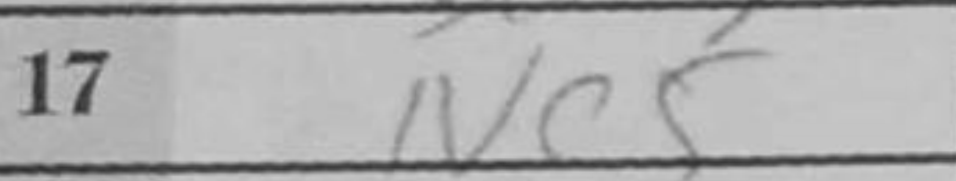
Transcription: Nc5